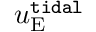
u _ { \mathrm { E } } ^ { \tt t i d a l }